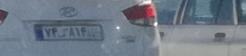
۷۴ک۸۱۴۸۰